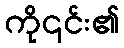
ကို၎င်း၏